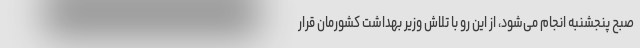
صبح پنجشنبه انجام می‌شود، از این رو با تلاش وزیر بهداشت کشورمان قرار